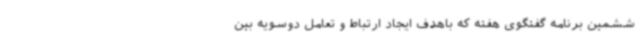
ششمین برنامه گفتگوی هفته که باهدف ایجاد ارتباط و تعامل دوسویه بین